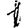
Digit: 1